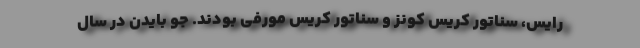
رایس، سناتور کریس کونز و سناتور کریس مورفی بودند. جو بایدن در سال